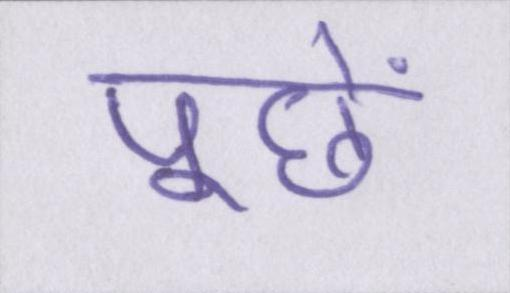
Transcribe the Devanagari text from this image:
पूछें